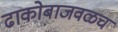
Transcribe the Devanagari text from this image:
ढाकोबाजवळच